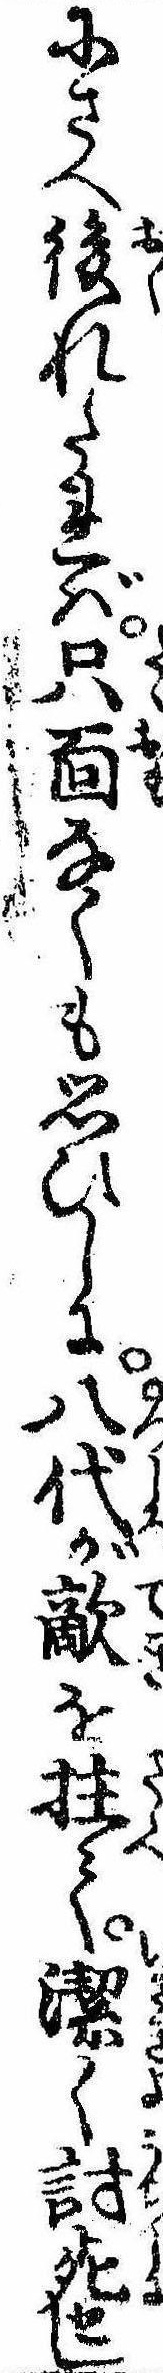
にさへ後れたれば只面なくも思ひしに八代が敵を拄て潔く討死せし